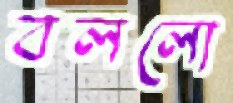
বললো